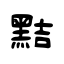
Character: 黠